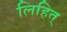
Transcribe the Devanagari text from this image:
लिहित्